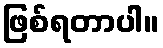
ဖြစ်ရတာပါ။